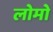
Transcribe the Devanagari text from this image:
लोमो